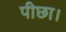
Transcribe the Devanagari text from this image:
पीछा।